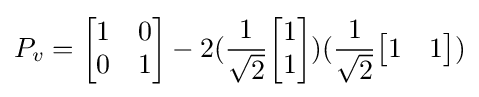
P_{v}={\begin{bmatrix}1&0\\0&1\end{bmatrix}}-2({\frac {1}{\sqrt {2}}}{\begin{bmatrix}1\\1\end{bmatrix}})({\frac {1}{\sqrt {2}}}{\begin{bmatrix}1&1\end{bmatrix}})